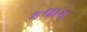
કથાગ